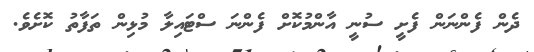
ދެން ފެންނަން ފެށީ ސުނީ އާންމުކޮށް ފެންނަ ސްޓައިލާ މުޅިން ތަފާތު ކޮށެވެ.